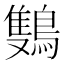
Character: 𬷩